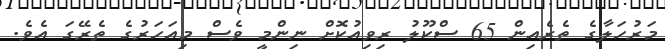
މަރުހަލާގެ ތެރެއިން 65 ސްކޫލު ރިވިއުކޮށް ނިންމީ ވެސް މިއަހަރުގެ ތެރޭގަ އެވެ.